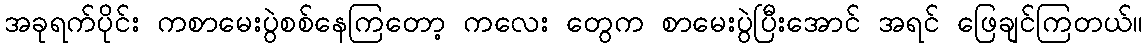
အခုရက်ပိုင်း ကစာမေးပွဲစစ်နေကြတော့ ကလေး တွေက စာမေးပွဲပြီးအောင် အရင် ဖြေချင်ကြတယ်။